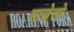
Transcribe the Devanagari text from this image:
माज़ेलो